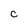
Character: c